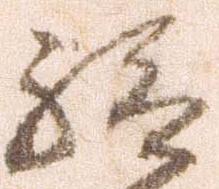
給